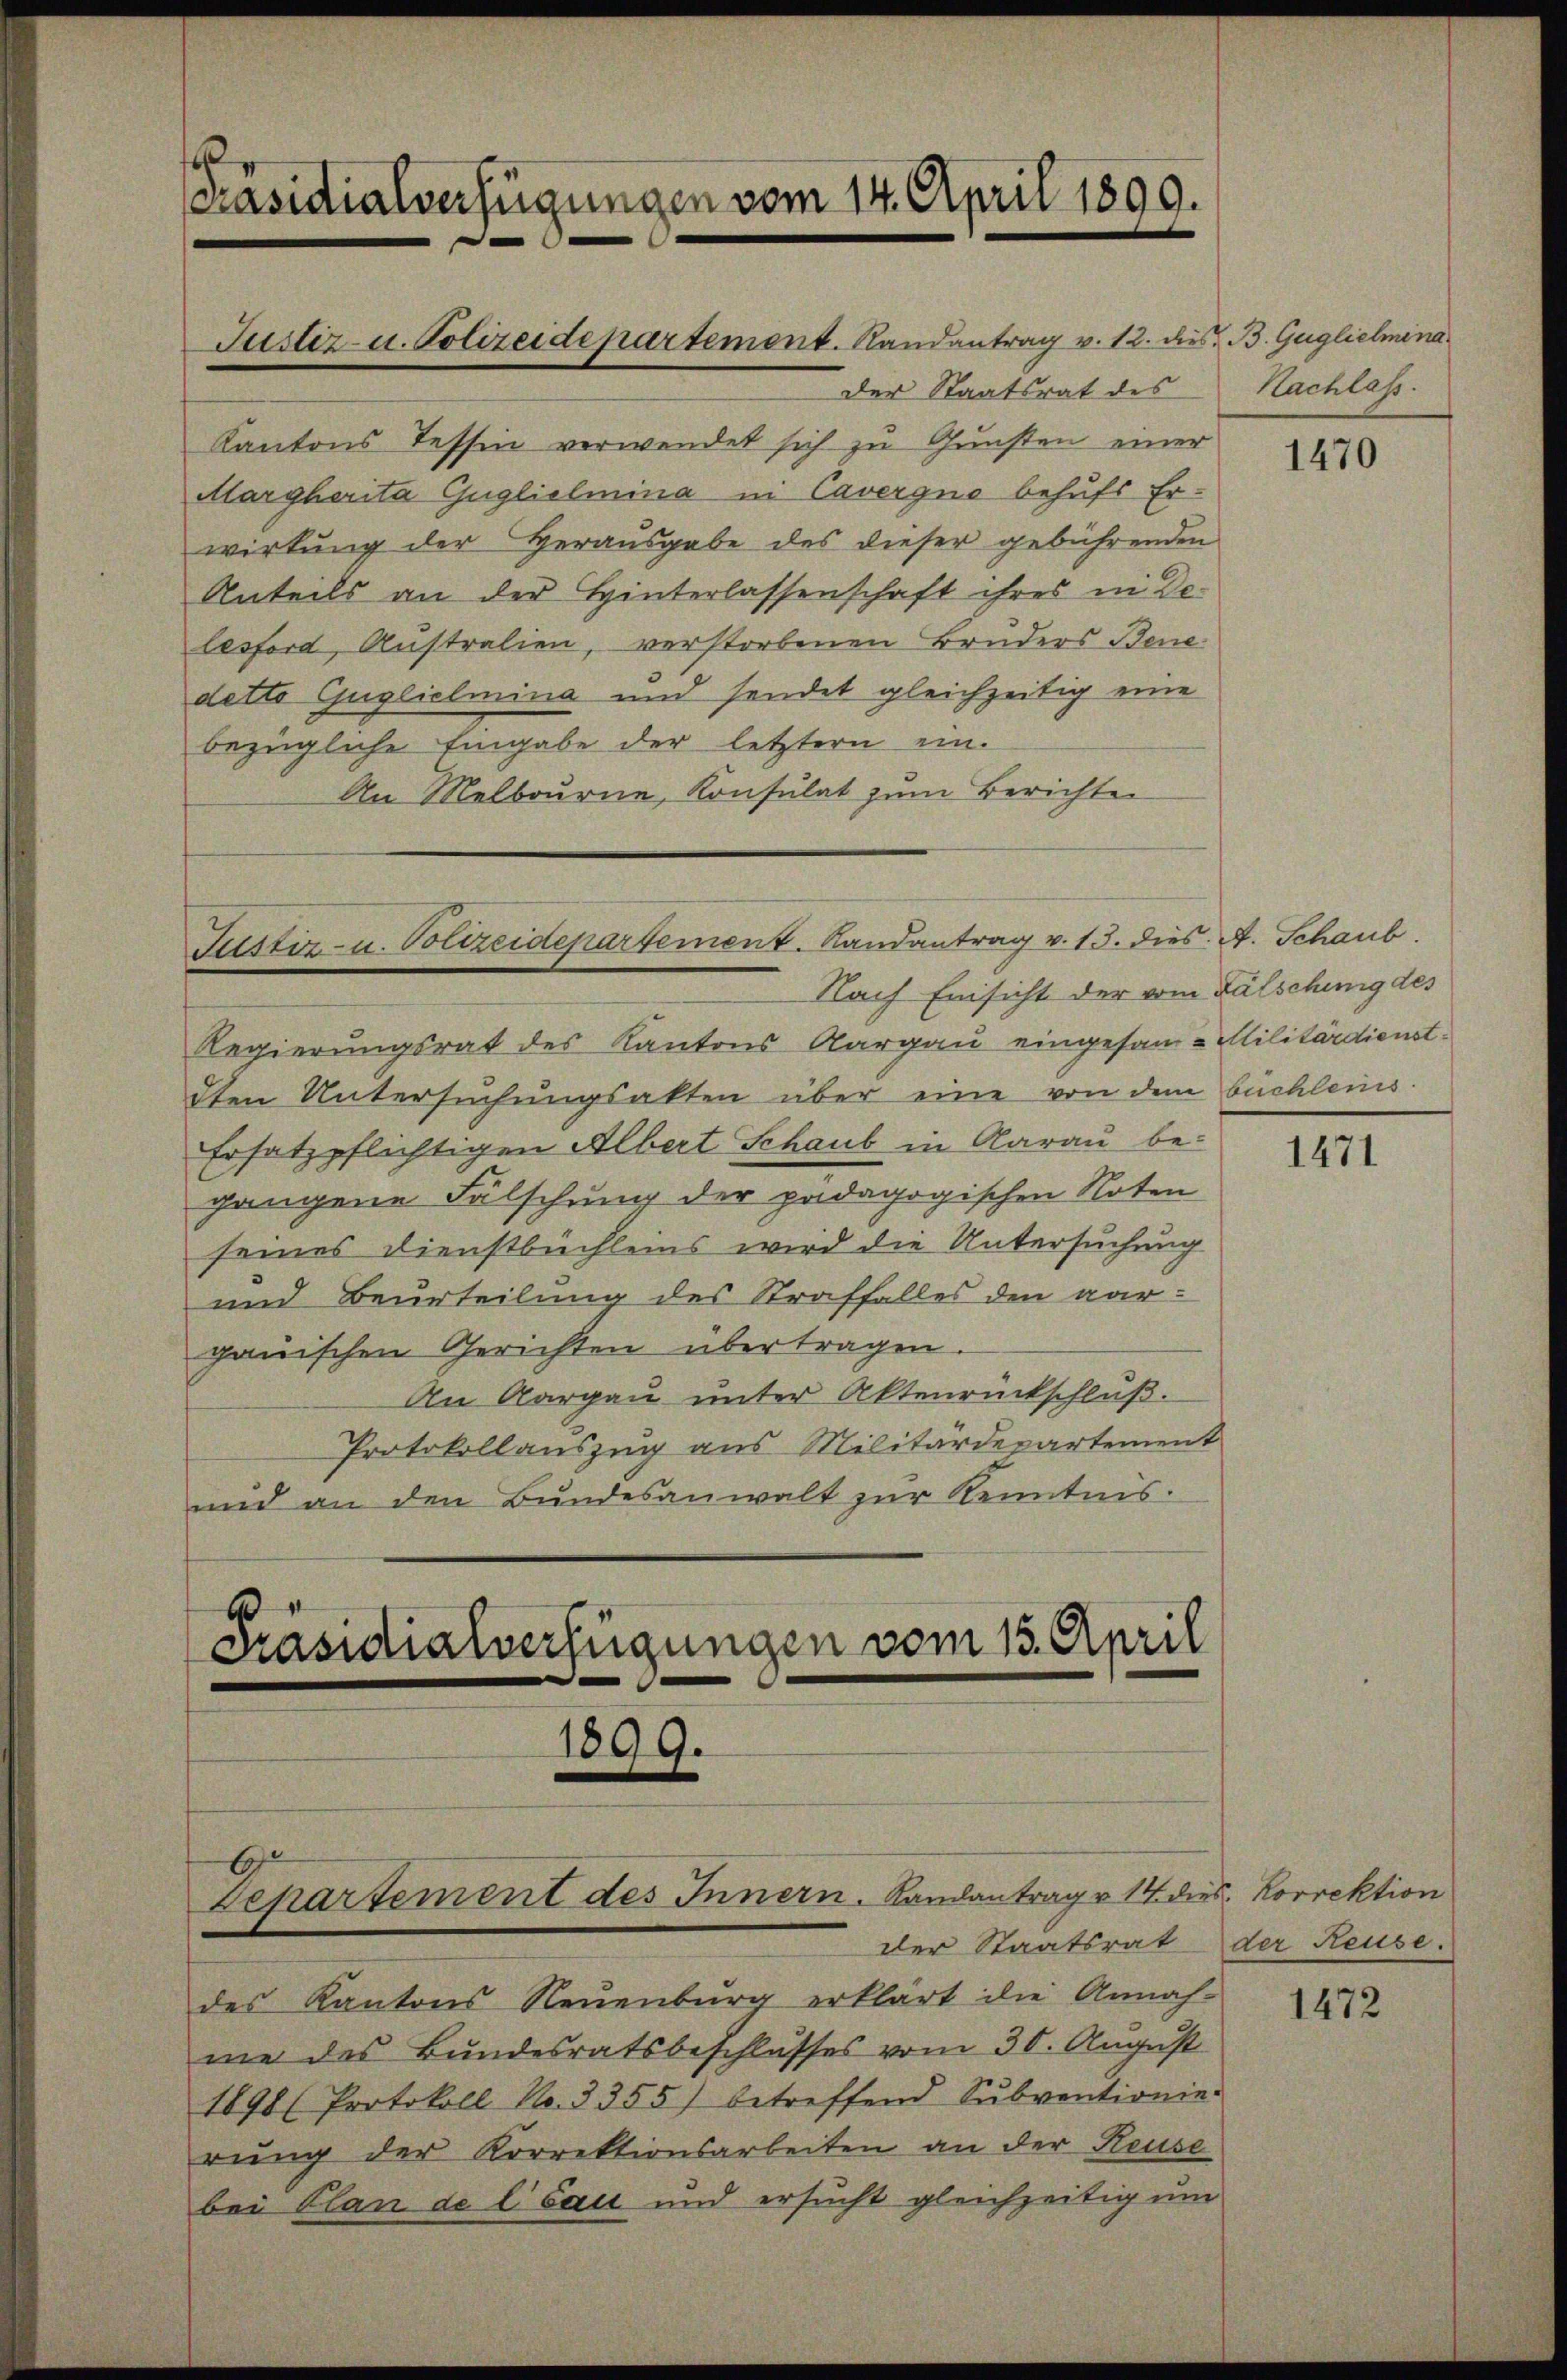
[Präsidialverfügungen vom 14. April 1890.

Der Staatsrat des
Kantons Tessin verwendet sich zu Gunsten einer
Margherita Guglielmina in Cavergno behufs Erwirkung der Herausgabe des dieser gebührenden
Anteils an der Hinterlassenschaft ihres in Delesford, Anstralien, verstorbenen Bruders Bene
detto Guglielmina und sendet gleichzeitig eine
bezügliche Eingabe der letztern ein¬
An Melbourne, Konsulat zum Berichten

Justiz- u. Polizeidepartement. Randantrag v. 12. dies B. Guglielmena

Justiz- u. Polizeidepartement. Landantrag v. 13. dies. A. Schaub
Nach Einsicht der vom Fälschung des

Präsidialverfügungen vom 15. April

1899.

Regierungsrat des Kantons Aargau eingesam- Militärdienstdten Untersuchungsakten über eine von dem büchleins.
Ersatzpflichtigen Albert Schaub in Aarau be-
gangene Fälschung der padagogischen Noten
seines Dienstbüchleins wird die Untersuchung
und Beurteilung des Straffalles den aarganischen Gerichten übertragen.
An Aargau unter Aktenrückschluß.
Protokollauszug aus Militärdepartement
und an den Bundesanwalt zur Kenntnis.

C
Departement des Innern. Landantrag v. 14. dr.
der Staatsrat der Reuse.

des Kantons Neuenburg erklärt die Annah-
me des Bundesratsbeschlusses vom 30. August
1898 (Protokoll No. 3355) betreffend Sŭbventionie-
rung der Korrektionsarbeiten an der Reuse
bei Plan de l sau und ersucht gleichzeitig um

Nachlass.

1470

1471

es. Korrektion

1472